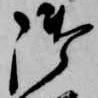
御